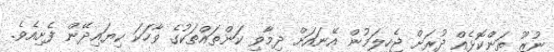
ނުޒޫ ތަންކޮޅެއް ދުރަށް ޖެހިލަމުން އޭނައަށް ދިމާވި ކަންތައްތަކުގެ ވާހަކަ ކިޔައިދޭން ފެށިއެވެ.